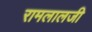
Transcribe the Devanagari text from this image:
रामलालजी